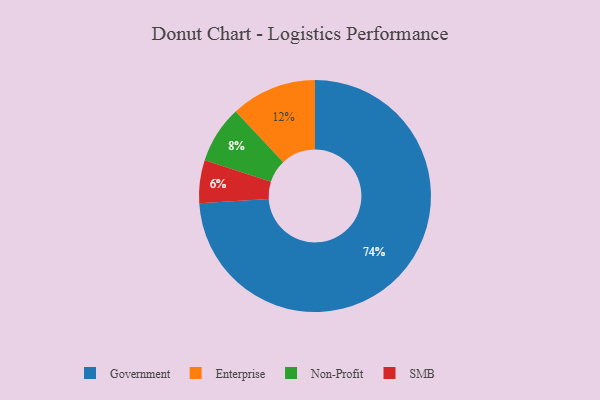
{"axis": {"x": "Category", "y": "Percentage"}, "legend": ["Enterprise", "Government", "Non-Profit", "SMB"], "data": [{"x": "Government", "y": 74, "type": "Government"}, {"x": "SMB", "y": 6, "type": "SMB"}, {"x": "Enterprise", "y": 12, "type": "Enterprise"}, {"x": "Non-Profit", "y": 8, "type": "Non-Profit"}]}